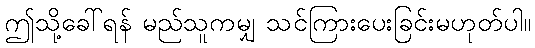
ဤသို့ခေါ်ရန် မည်သူကမျှ သင်ကြားပေးခြင်းမဟုတ်ပါ။